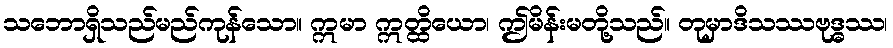
သဘောရှိသည်မည်ကုန်သော။ ဣမာ ဣတ္ထိယော၊ ဤမိန်းမတို့သည်။ တုမှာဒိသဿဗုဒ္ဓဿ၊